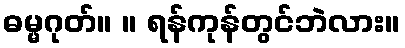
ဓမ္မဂုတ်။ ။ ရန်ကုန်တွင်ဘဲလား။